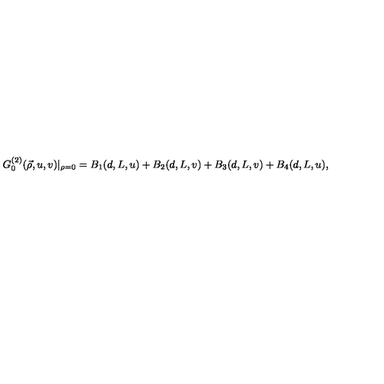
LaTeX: G _ { 0 } ^ { ( 2 ) } ( \vec { \rho } , u , v ) | _ { \rho = 0 } = B _ { 1 } ( d , L , u ) + B _ { 2 } ( d , L , v ) + B _ { 3 } ( d , L , v ) + B _ { 4 } ( d , L , u ) ,